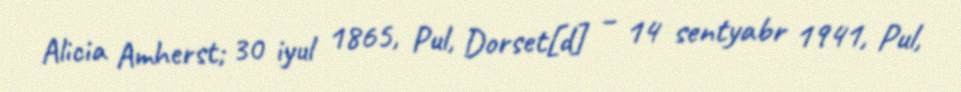
Alicia Amherst; 30 iyul 1865, Pul, Dorset[d] – 14 sentyabr 1941, Pul,